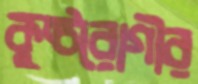
কুষ্ঠরোগীর